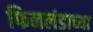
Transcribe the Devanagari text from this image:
फिनलंडाच्या